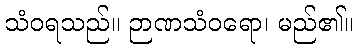
သံဝရသည်။ ဉာဏသံဝရော၊ မည်၏။